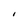
Character: I